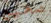
صحيح